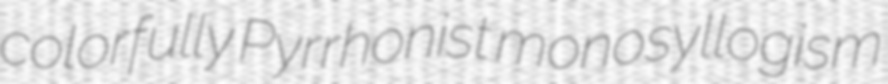
colorfully Pyrrhonist monosyllogism